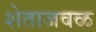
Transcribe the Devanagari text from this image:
शेताजवळ